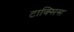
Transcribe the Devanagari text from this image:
टाक्सिस